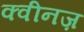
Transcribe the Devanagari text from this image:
क्वीनज़